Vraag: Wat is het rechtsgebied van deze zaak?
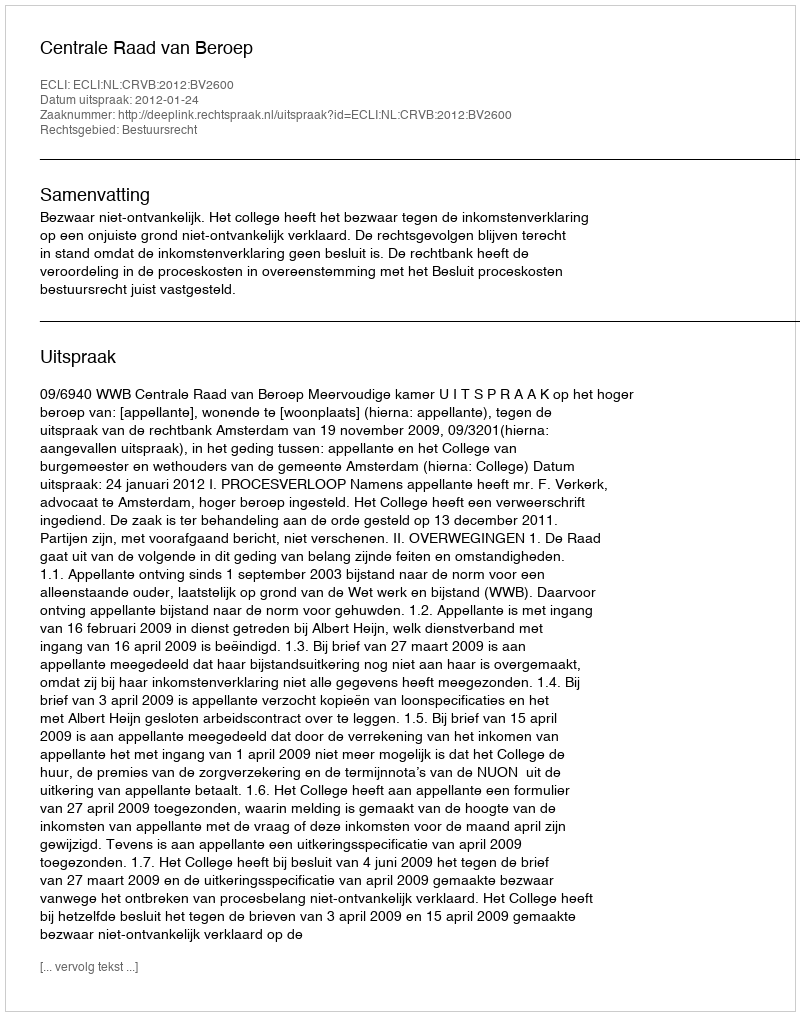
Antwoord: Bestuursrecht